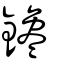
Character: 鑱